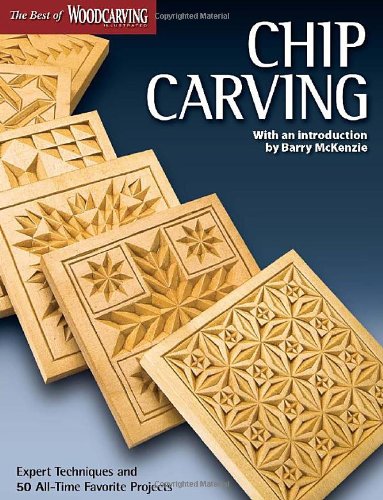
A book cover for Chip Carving (Best of WCI): Expert Techniques and 50 All-Time Favorite Projects (The Best of Woodcarving Illustrated); Editors of Woodcarving Illustrated; Crafts, Hobbies & Home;